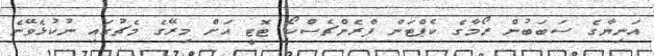
އަނިޔާގެ ސަބަބުން ރޯމާގެ ކެޕްޓަން ފްރެންޗެސްކޯ ޓޮޓީ އަށް މިރޭގެ މެޗުގައި ނުކުޅެވޭނެ